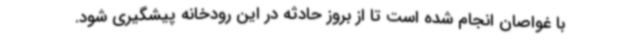
با غواصان انجام شده است تا از بروز حادثه در این رودخانه پیشگیری شود.